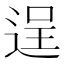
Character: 逞